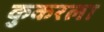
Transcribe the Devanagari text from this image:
कुकरला